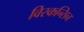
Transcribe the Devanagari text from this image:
विस्कन्सिन